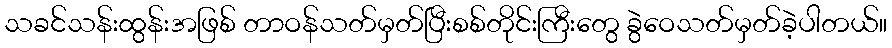
သခင်သန်းထွန်းအဖြစ် တာဝန်သတ်မှတ်ပြီးစစ်တိုင်းကြီးတွေ ခွဲဝေသတ်မှတ်ခဲ့ပါတယ်။